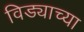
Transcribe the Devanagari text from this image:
विड्याच्‍या